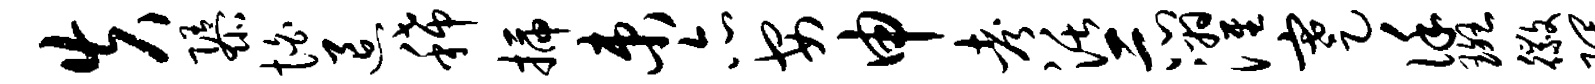
失隳怕退稀插束亦安申考活示濯蹇谨斑徽隈